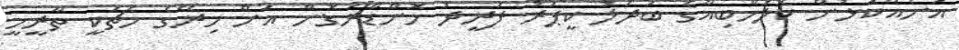
އަނެއްކޮޅުން ކޮލަމްބިއާގެ ބަދަލު ކީޕަރު ފަރީދު މޮންޑްރަގޮން އަަށް މިރޭގެ މެޗަކީ ތާރީހީ